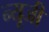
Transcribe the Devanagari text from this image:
न्यूजी